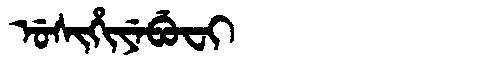
Manchu: ᡠᠰᡳᡥᡳᠶᡝᠪᡠᠸᡳ
Romanization: USIHIYEBUFI